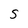
Character: S